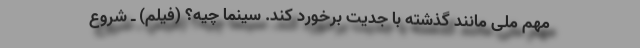
مهم ملی مانند گذشته با جدیت برخورد کند. سینما چیه؟ (فیلم) ـ شروع